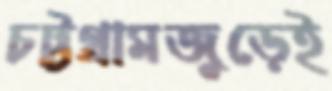
চট্টগ্রামজুড়েই